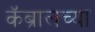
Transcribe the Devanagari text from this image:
कॅब्रालच्या